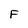
Character: F